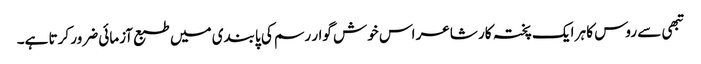
تبھی سے روس کا ہر ایک پختہ کار شاعر اس خوش گوار رسم کی پابندی میں طبع آزمائی ضرور کرتا ہے۔